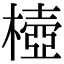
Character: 㯛